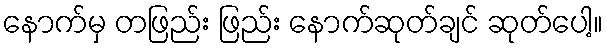
နောက်မှ တဖြည်း ဖြည်း နောက်ဆုတ်ချင် ဆုတ်ပေါ့။